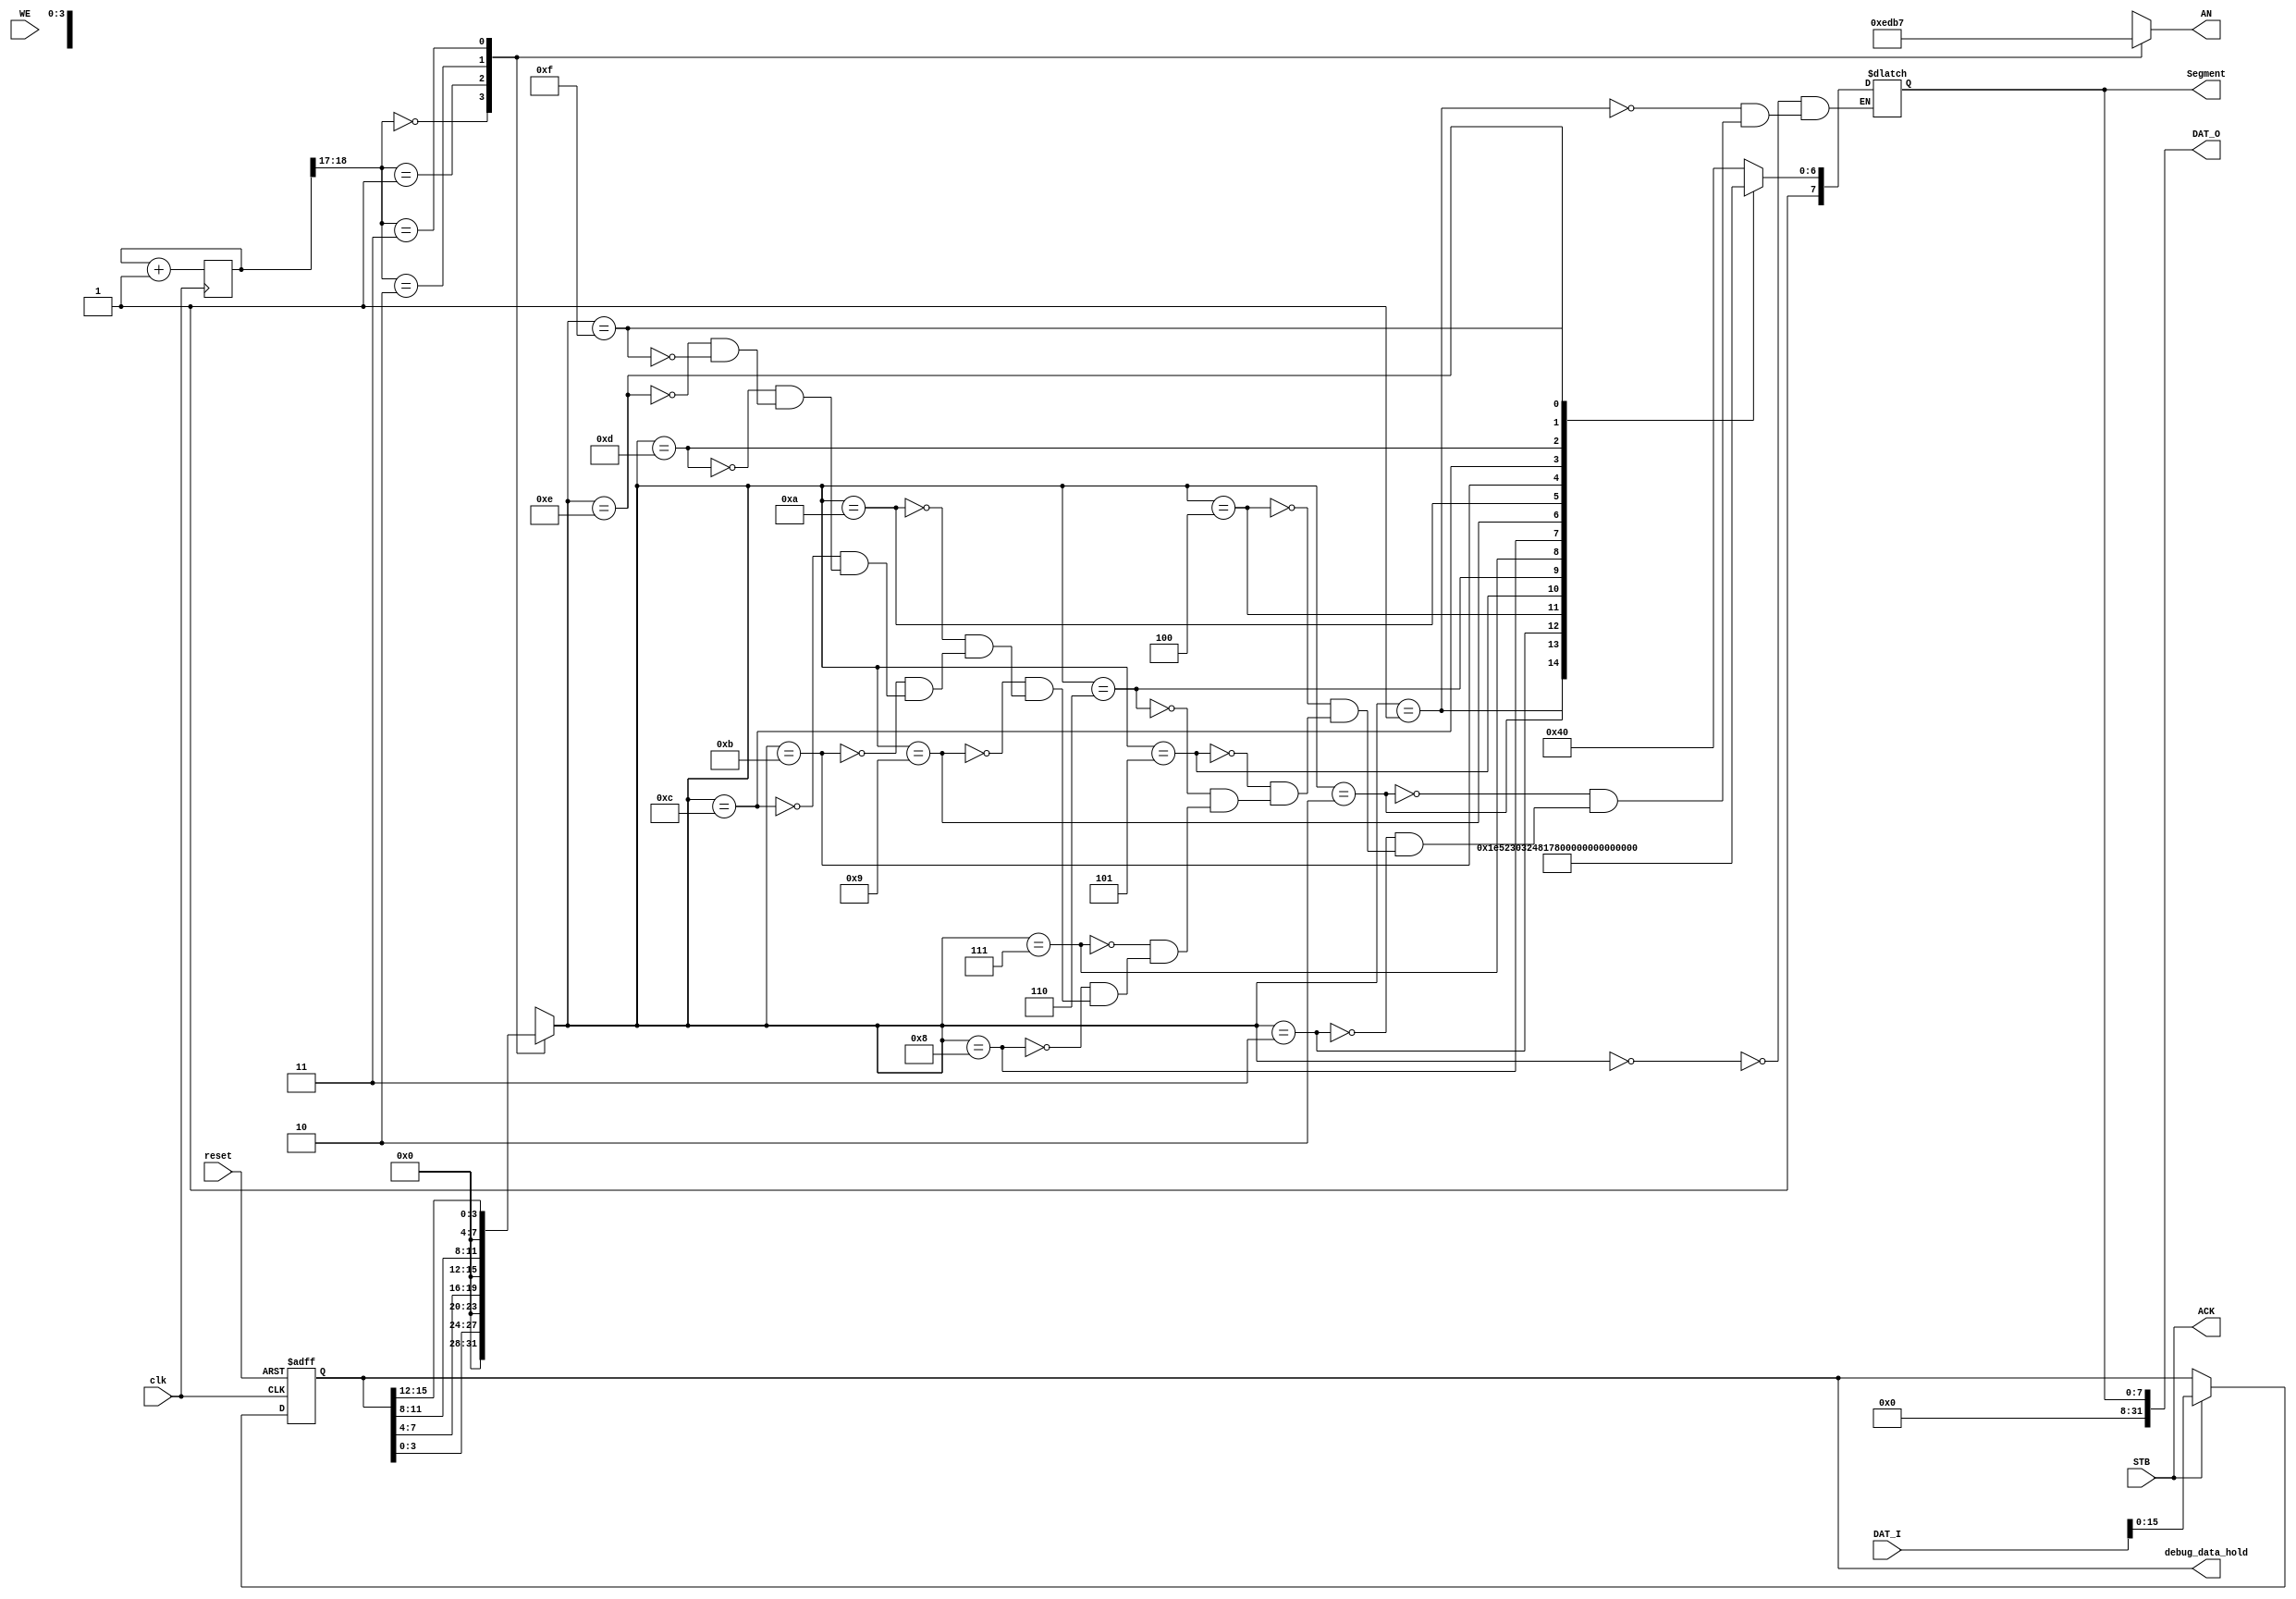
module Seven_seg(clk, reset, DAT_I, STB, DAT_O, ACK, WE, Segment, AN, debug_data_hold);
    input clk, reset;
    input [31: 0] DAT_I;
    input STB;
    input WE;
    output reg [3: 0] AN;
    output [7: 0] Segment;
    output [31: 0] DAT_O;
    output ACK;
    output [15: 0] debug_data_hold;

    reg [7: 0] digit_seg, digit;
    reg [15: 0] data_hold = 16'h2333;
    reg [31: 0] cnt = 0;

    wire [1: 0] scan;

    always @(posedge clk) begin
        cnt <= cnt + 1;
    end

    assign scan = cnt[18: 17];

    // I'm always ready when you need me ^_^
    assign ACK = STB;

    assign Segment = digit_seg;
    assign DAT_O = Segment;

    always @(posedge clk or posedge reset) begin
        if (reset) data_hold <= 16'h2333;
        else data_hold <= STB ? DAT_I : data_hold;
    end

    always @* begin
        case(scan)
            0: AN = 4'b1110;
            1: AN = 4'b1101;
            2: AN = 4'b1011;
            3: AN = 4'b0111;
        endcase
    end

    always @* begin
        case(scan)
            0: digit = data_hold[3: 0];
            1: digit = data_hold[7: 4];
            2: digit = data_hold[11: 8];
            3: digit = data_hold[15: 12];
        endcase
    end

    always @* begin
        case(digit)
            4'b0000: digit_seg = 8'b11000000;
            4'b0001: digit_seg = 8'b11111001;
            4'b0010: digit_seg = 8'b10100100;
            4'b0011: digit_seg = 8'b10110000;
            4'b0100: digit_seg = 8'b10011001;
            4'b0101: digit_seg = 8'b10010010;
            4'b0110: digit_seg = 8'b10000010;
            4'b0111: digit_seg = 8'b11111000;
            4'b1000: digit_seg = 8'b10000000;
            4'b1001: digit_seg = 8'b10010000;
            4'b1010: digit_seg = 8'b10001000;
            4'b1011: digit_seg = 8'b10000011;
            4'b1100: digit_seg = 8'b11000110;
            4'b1101: digit_seg = 8'b10100001;
            4'b1110: digit_seg = 8'b10000110;
            4'b1111: digit_seg = 8'b10001110;
        endcase
    end

    // debug signal
    assign debug_data_hold = data_hold;

endmodule